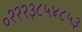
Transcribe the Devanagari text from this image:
०२२२३८५४८५३